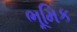
ભૂમિક